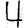
Digit: 4